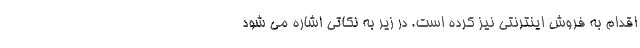
اقدام به فروش اینترنتی نیز کرده است. در زیر به نکاتی اشاره می شود